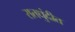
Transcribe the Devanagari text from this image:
रातधुंदीत